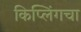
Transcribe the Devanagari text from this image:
किप्लिंगचा